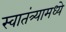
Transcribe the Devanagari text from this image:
स्वातंत्र्यामध्ये